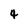
Character: 4